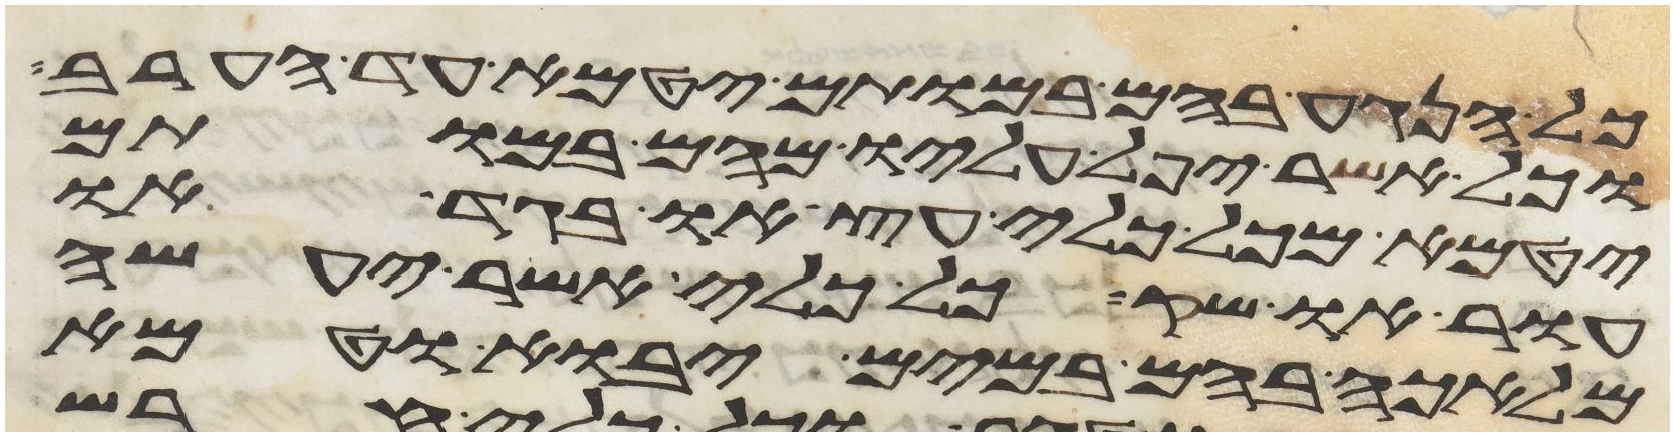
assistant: כל הנגע בהם במותם יטמא עד הערב
וכל אשר יפל עליו מהם במותם
יטמא מכל כלי עץ או בגד או
עור או שק כל כלי אשר יעשה
מלאכה בהם במים יבוא וטמא